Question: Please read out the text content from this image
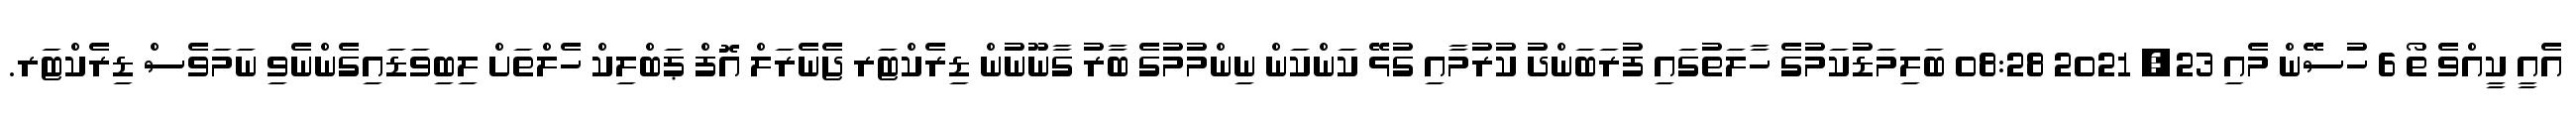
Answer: އެއީ ކީއްވެ ތޯ 6 ހުސޭން މެއި 23, 2021 08:28 ބަލިމަޑުކަމުގެ ހާލަތުގައި ފުރަބަންދު ކުރުމާއި ގުޅޭ ކަންކަން ނިންމުމުގެ ބާރު ގާނޫނުން ޑިރެކްޓަރ ޖެނެރަލް އޮފް ޕަބްލިކް ހެލްތަށް ލިބިވަޑައިގެންނެވި ނަމަވެސް ޑިރެކްޓަރ.